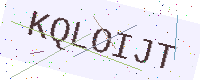
Text: KQLOIJT